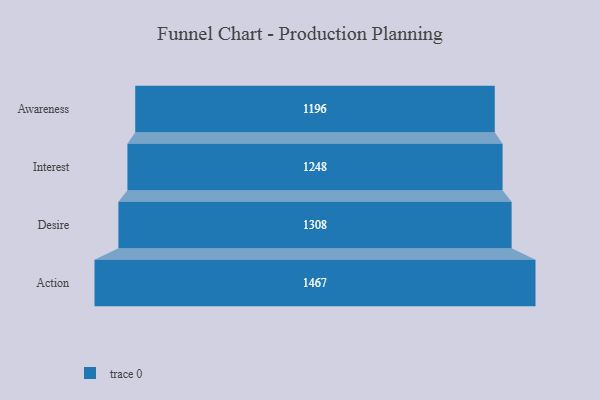
{"axis": {"x": "Stage", "y": "Value"}, "legend": [""], "data": [{"x": "Awareness", "y": 1196.0, "type": ""}, {"x": "Interest", "y": 1248.0, "type": ""}, {"x": "Desire", "y": 1308.0, "type": ""}, {"x": "Action", "y": 1467.0, "type": ""}]}